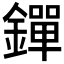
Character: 𨭐